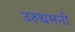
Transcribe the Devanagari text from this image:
उरुधमनी